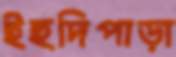
ইহুদিপাড়া